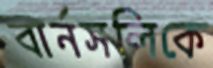
বার্নসলিকে